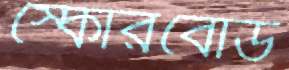
স্কোরবোর্ড